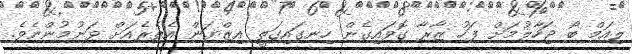
ލިއަމް ބޯ ޖަހާލުމަށް ފަހު ޒާރާ ގޮވައިގެން ހިނގައިގަތީ އިޒްޔަން އެތެރެއަށް ވަނުމުންނެވެ.